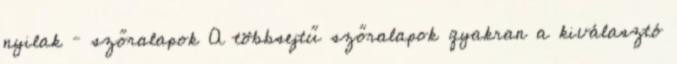
nyilak – szőralapok A többsejtű szőralapok gyakran a kiválasztó